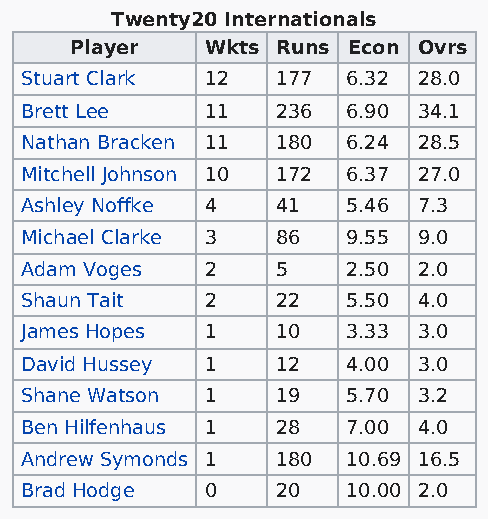
Twenty20 Internationals
 Player   Wkts Runs Econ Ovrs
 Stuart Clark 12  177  6.32 28.0
 Brett Lee    11  236  6.90 34.1
 Nathan Bracken 11 180 6.24 28.5
 Mitchell Johnson 10 172 6.37 27.0
 Ashley Noffke 4  41   5.46 7.3
 Michael Clarke 3 86   9.55 9.0
 Adam Voges   2   5    2.50 2.0
 Shaun Tait   2   22   5.50 4.0
 James Hopes  1   10   3.33 3.0
 David Hussey 1   12   4.00 3.0
 Shane Watson 1   19   5.70 3.2
 Ben Hilfenhaus 1 28   7.00 4.0
 Andrew Symonds 1 180  10.69 16.5
 Brad Hodge   0   20   10.00 2.0